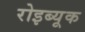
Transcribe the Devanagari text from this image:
रोइब्यूक